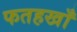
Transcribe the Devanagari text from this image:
फतहखाँ